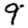
Digit: 9